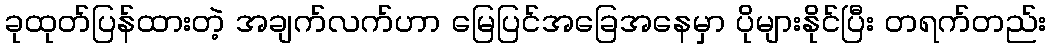
ခုထုတ်ပြန်ထားတဲ့ အချက်လက်ဟာ မြေပြင်အခြေအနေမှာ ပိုများနိုင်ပြီး တရက်တည်း